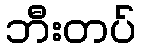
ဘီးတပ်